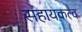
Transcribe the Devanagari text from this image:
सहायकत्व